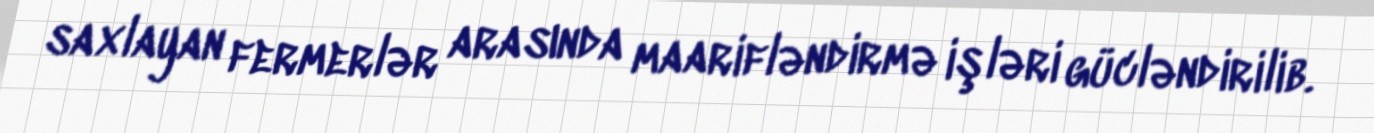
saxlayan fermerlər arasında maarifləndirmə işləri gücləndirilib.